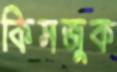
কিসজুক